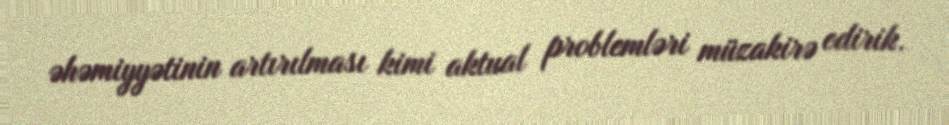
əhəmiyyətinin artırılması kimi aktual problemləri müzakirə edirik.